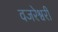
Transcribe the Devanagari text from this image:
वजरेश्वरी